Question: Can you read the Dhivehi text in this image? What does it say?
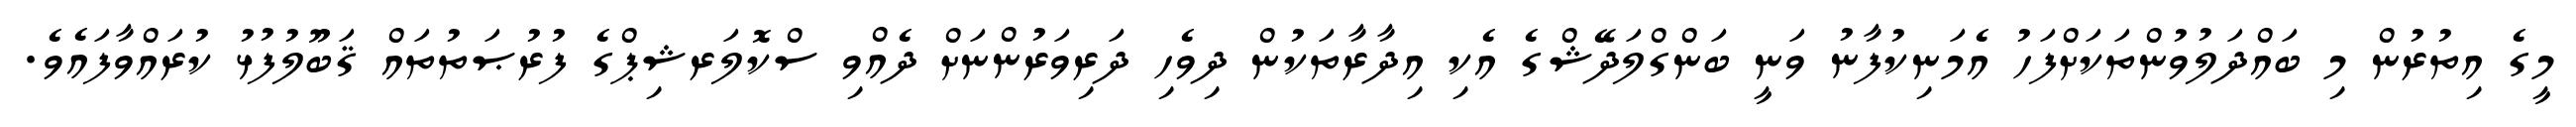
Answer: މީގެ އިތުރުން މި ބައްދަލުވުންތަކަށްފަހު އެމަނިކުފާނު ވަނީ ބަންގްލަދޭޝްގެ އެކި އިދާރާތަކުން ދިވެހި ދަރިވަރުންނަށް ދެއްވި ސްކޮލަރޝިޕްގެ ފުރުޞަތުތައް ޤަބޫލުފުޅު ކުރައްވާފައެވެ.